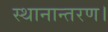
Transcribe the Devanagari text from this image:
स्थानान्तरण।